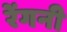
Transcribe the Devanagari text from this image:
रेंगनी